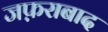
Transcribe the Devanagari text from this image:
जफ़राबाद